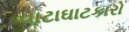
વાટાઘાટકારો